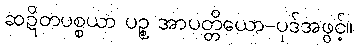
ဆဍိတပစ္စယာ ပဉ္စ အာပတ္တိယော-ပုဒ်အဖွင့်။